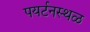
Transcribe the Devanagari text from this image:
पयर्टनस्थळ